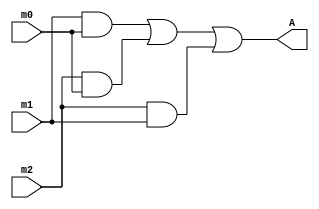
// lines start with // is a comment
// name: p5.v // gate level model
module p5(A, m2, m1, m0); //you list all inputs and outputs, by convention outputs go first
	output A; // this tells the compile which lines are inputs and outputs
	input m2, m1, m0;
	
	and a0 (a0_o, m1, m0); // defines the a0 gate, see figure
	and a1 (a1_o, m2, m0); // defines the a1 gate, see figure
	and a2 (a2_o, m2, m1); // defines the a2 gate, see figure
	or o0 (A, a0_o, a1_o, a2_o); // defines the o0 gate, see figure
endmodule